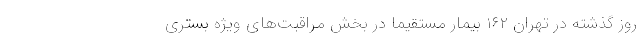
روز گذشته در تهران ۱۶۲ بیمار مستقیما در بخش مراقبت‌های ویژه بستری